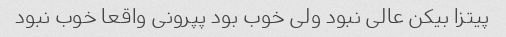
پیتزا بیکن عالی نبود ولی خوب بود پپرونی واقعا خوب نبود